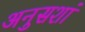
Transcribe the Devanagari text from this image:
अनुसशां